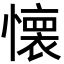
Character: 懐